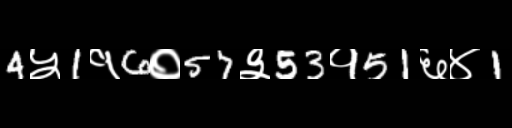
Text: 4५1१6०57३53१51६४1